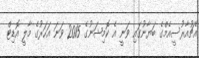
އެޗުއާރުސީއެމްގެ ބަޔާނުގައި ވަނީ އެ ކޮމިޝަނުގެ 2015 ވަނަ އަހަރުގެ މާލީ އޮޑިޓް